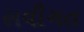
સવીગત